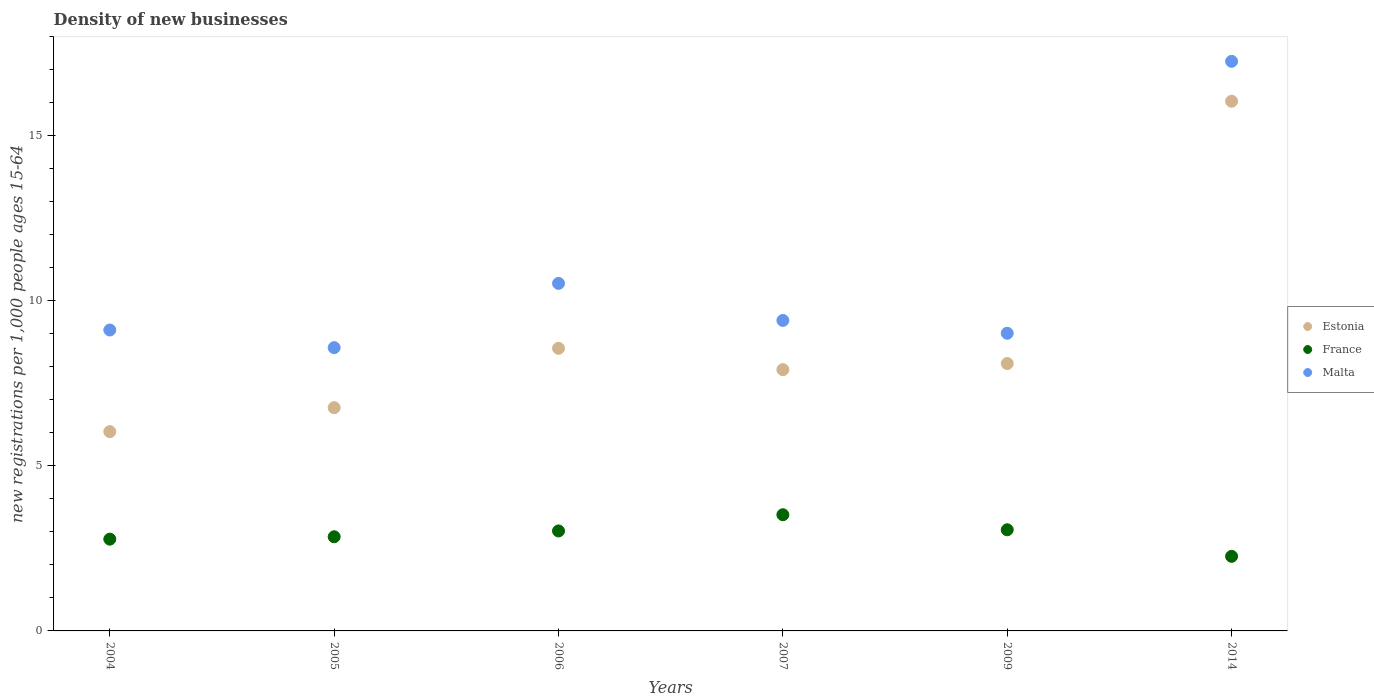
| Years | Estonia | France | Malta |
 | --- | --- | --- | --- |
 | 2004 | 6.04 | 2.78 | 9.12 |
 | 2005 | 6.76 | 2.85 | 8.58 |
 | 2006 | 8.56 | 3.03 | 10.5 |
 | 2007 | 7.92 | 3.52 | 9.41 |
 | 2009 | 8.1 | 3.07 | 9.02 |
 | 2014 | 16.1 | 2.26 | 17.3 |